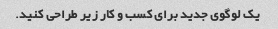
یک لوگوی جدید برای کسب و کار زیر طراحی کنید.